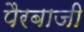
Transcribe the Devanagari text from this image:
पैरबाजी